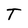
Character: T